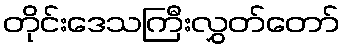
တိုင်းဒေသကြီးလွှတ်တော်